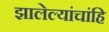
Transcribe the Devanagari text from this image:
झालेल्यांचांहि